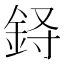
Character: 𲇈